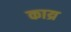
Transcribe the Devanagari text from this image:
काय्र